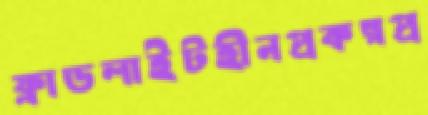
ফ্লাডলাইটহীনপ্রকল্পপ্র